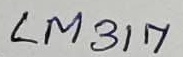
Text: LM317